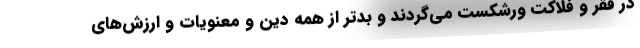
در فقر و فلاکت ورشکست می‌گردند و بدتر از همه دین و معنویات و ارزش‌های